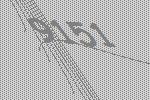
9151